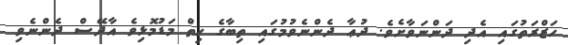
ހަޒްރަތުގައި އެދި ދަންނަވާށެވެ. ދުޢާ ދެންނެވުމުގައި ތިބާގެ ހިތް މަޑުމޮޅިވެ އާދޭސް ދެންނެވި